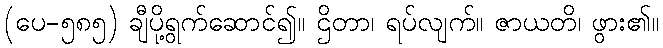
(ပေ-၅၈၅) ချီပို့ရွက်ဆောင်၍။ ဌိတာ၊ ရပ်လျက်။ ဇာယတိ၊ ဖွား၏။